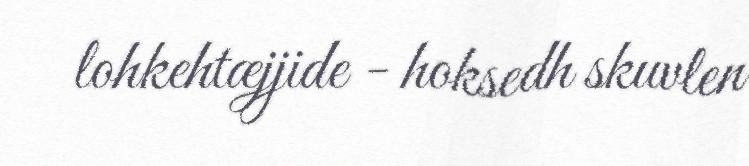
lohkehtæjjide - hoksedh skuvlen